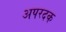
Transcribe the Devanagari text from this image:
अपरदक